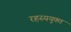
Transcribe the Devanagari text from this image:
रहस्ययुक्त